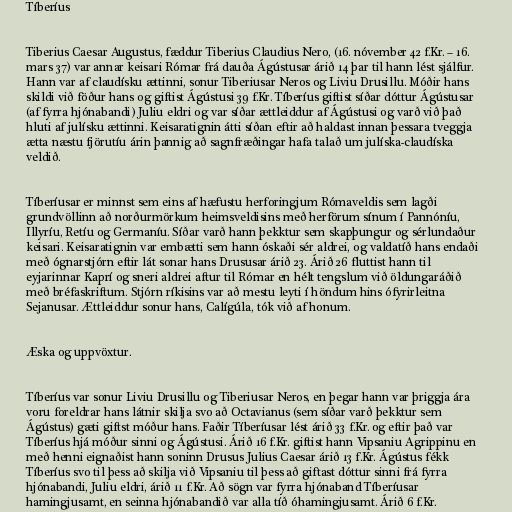
Tíberíus

Tiberius Caesar Augustus, fæddur Tiberius Claudius Nero, (16. nóvember 42 f.Kr. – 16.
mars 37) var annar keisari Rómar frá dauða Ágústusar árið 14 þar til hann lést sjálfur.
Hann var af claudísku ættinni, sonur Tiberiusar Neros og Liviu Drusillu. Móðir hans
skildi við föður hans og giftist Ágústusi 39 f.Kr. Tíberíus giftist síðar dóttur Ágústusar
(af fyrra hjónabandi) Juliu eldri og var síðar ættleiddur af Ágústusi og varð við það
hluti af julísku ættinni. Keisaratignin átti síðan eftir að haldast innan þessara tveggja
ætta næstu fjörutíu árin þannig að sagnfræðingar hafa talað um julíska-claudíska
veldið.

Tíberíusar er minnst sem eins af hæfustu herforingjum Rómaveldis sem lagði
grundvöllinn að norðurmörkum heimsveldisins með herförum sínum í Pannóníu,
Illyríu, Retíu og Germaníu. Síðar varð hann þekktur sem skapþungur og sérlundaður
keisari. Keisaratignin var embætti sem hann óskaði sér aldrei, og valdatíð hans endaði
með ógnarstjórn eftir lát sonar hans Drususar árið 23. Árið 26 fluttist hann til
eyjarinnar Kaprí og sneri aldrei aftur til Rómar en hélt tengslum við öldungaráðið
með bréfaskriftum. Stjórn ríkisins var að mestu leyti í höndum hins ófyrirleitna
Sejanusar. Ættleiddur sonur hans, Calígúla, tók við af honum.

Æska og uppvöxtur.

Tíberíus var sonur Liviu Drusillu og Tiberiusar Neros, en þegar hann var þriggja ára
voru foreldrar hans látnir skilja svo að Octavianus (sem síðar varð þekktur sem
Ágústus) gæti giftst móður hans. Faðir Tíberíusar lést árið 33 f.Kr. og eftir það var
Tíberíus hjá móður sinni og Ágústusi. Árið 16 f.Kr. giftist hann Vipsaniu Agrippinu en
með henni eignaðist hann soninn Drusus Julius Caesar árið 13 f.Kr. Ágústus fékk
Tíberíus svo til þess að skilja við Vipsaniu til þess að giftast dóttur sinni frá fyrra
hjónabandi, Juliu eldri, árið 11 f.Kr. Að sögn var fyrra hjónaband Tíberíusar
hamingjusamt, en seinna hjónabandið var alla tíð óhamingjusamt. Árið 6 f.Kr.